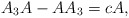
\begin{align*}A_{3}A-AA_{3}=cA,\end{align*}